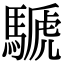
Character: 𩤽